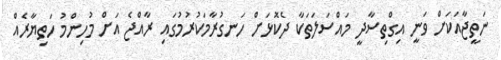
ނަތީޖާއަކަށް ވަނީ އިގްތިސާދީ މައްސަލަތަކާ ދެކޮޅަށް ހަނގުރާމަކުރުމުގައި ރާއްޖެ އަށް މުހިންމު ހަތިޔާރެއް